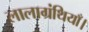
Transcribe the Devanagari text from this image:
लालाग्रंथियाँ।